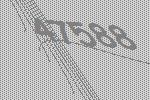
47588